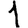
Digit: 1